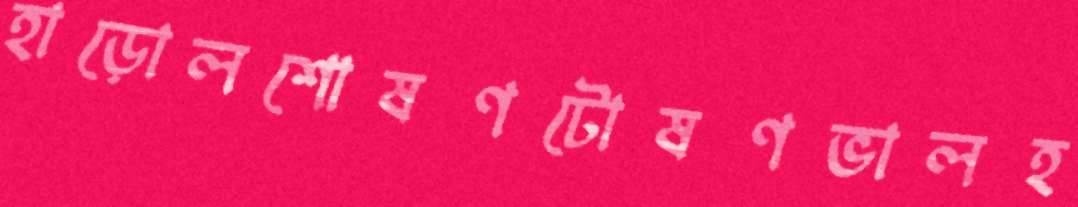
হাড়োলশোষণটোষণভালহ